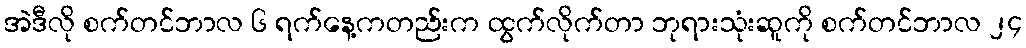
အဲဒီလို စက်တင်ဘာလ ၆ ရက်နေ့ကတည်းက ထွက်လိုက်တာ ဘုရားသုံးဆူကို စက်တင်ဘာလ ၂၄